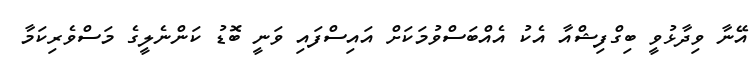
އޭނާ ވިދާޅުވީ ބިގްފިޝްއާ އެކު އެއްބަސްވުމަކަށް އައިސްފައި ވަނީ ބޮޑު ކަންނެލީގެ މަސްވެރިކަމާ